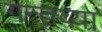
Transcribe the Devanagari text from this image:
गन्तव्या